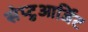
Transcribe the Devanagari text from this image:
सेप्टुआर्जिट